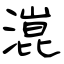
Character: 潉